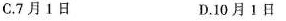
C.7月1日 D.10月1日